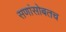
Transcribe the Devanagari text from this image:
सणांसोबतच